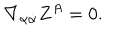
\nabla _ { \alpha \dot { \alpha } } Z ^ { A } = 0 .